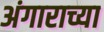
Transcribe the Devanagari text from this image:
अंगाराच्या